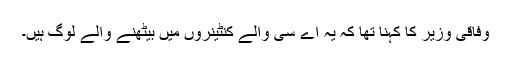
وفاقی وزیر کا کہنا تھا کہ یہ اے سی والے کنٹینروں میں بیٹھنے والے لوگ ہیں۔